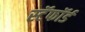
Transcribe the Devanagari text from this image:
स्टॅफॉर्ड